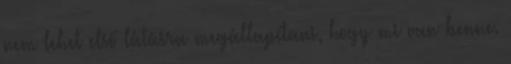
nem lehet első látásra megállapítani, hogy mi van benne.